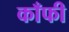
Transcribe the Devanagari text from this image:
काँफी